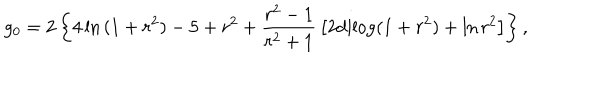
LaTeX: g _ { 0 } = 2 \left\{ 4 \ln { ( 1 + r ^ { 2 } ) } - 5 + r ^ { 2 } + { \frac { r ^ { 2 } - 1 } { r ^ { 2 } + 1 } } \left[ 2 \mathrm { d i l o g } ( 1 + r ^ { 2 } ) + \ln { r ^ { 2 } } \right] \right\} ,